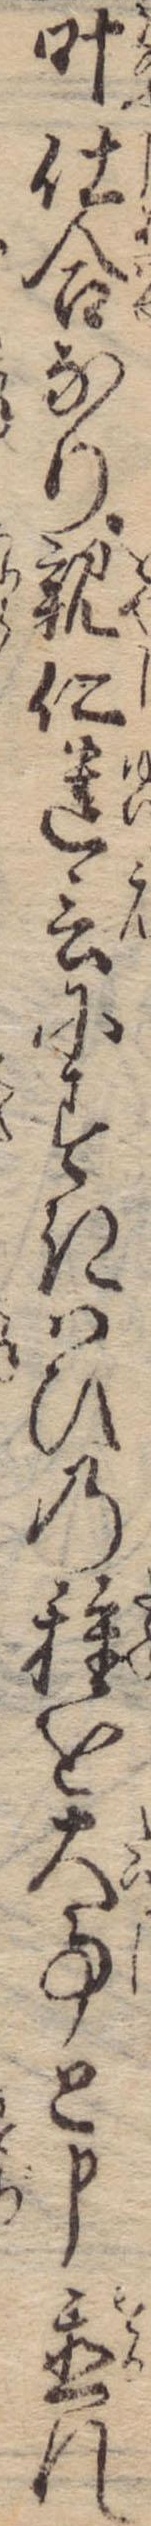
叶仕合なり親仁遺言にすきはひの種を大事と申置れ